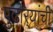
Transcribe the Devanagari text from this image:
पुढार्‍यांची